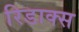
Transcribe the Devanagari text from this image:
रिडाक्स